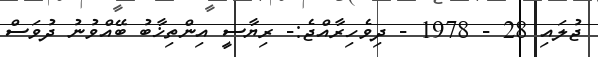
ޖުލައި 28 - 1978 - ދިވެހިރާއްޖެ:- ރިޔާސީ އިންތިޚާބު ބޭއްވުނު ދުވަސް